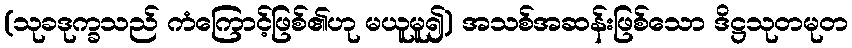
(သုခဒုက္ခသည် ကံကြောင့်ဖြစ်၏ဟု မယူမူ၍) အသစ်အဆန်းဖြစ်သော ဒိဋ္ဌသုတမုတ